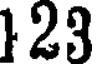
123